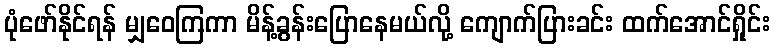
ပုံဖော်နိုင်ရန် မျှဝေကြကာ မိန့်ခွန်းပြောနေမယ်လို့ ကျောက်ပြားခင်း ထက်အောင်ရှိုင်း